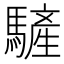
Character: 𩥮